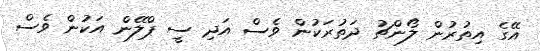
އޭގެ އިތުރުން ލޯންޗު ދަތުރަކުން ވެސް އަދި ސީ ޕްލޭން އަކުން ވެސް